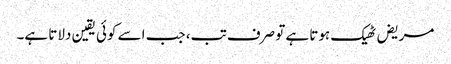
مریض ٹھیک ہوتا ہے تو صرف تب، جب اسے کوئی یقین دلاتا ہے۔